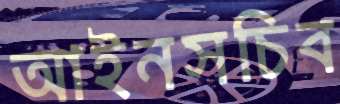
আইনসচিব